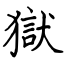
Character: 獄